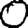
Digit: 0